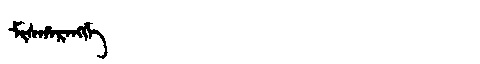
Manchu: ᠮᡳᠰᡥᠠᡵᠠᠩᡤᡝ
Romanization: MISHARANGGE